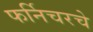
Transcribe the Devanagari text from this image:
फर्निचरचे